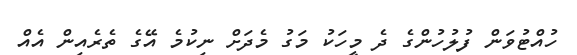
ހުއްޓުވަން ފުލުހުންގެ ދެ މީހަކު މަގު މެދަށް ނިކުމެ އޭގެ ތެރެއިން އެއް